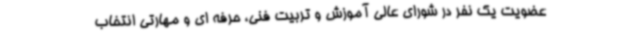
عضویت یک نفر در شورای عالی آموزش و تربیت فنی، حرفه ای و مهارتی انتخاب